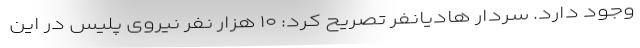
وجود دارد. سردار هادیانفر تصریح کرد: ۱۰ هزار نفر نیروی پلیس در این